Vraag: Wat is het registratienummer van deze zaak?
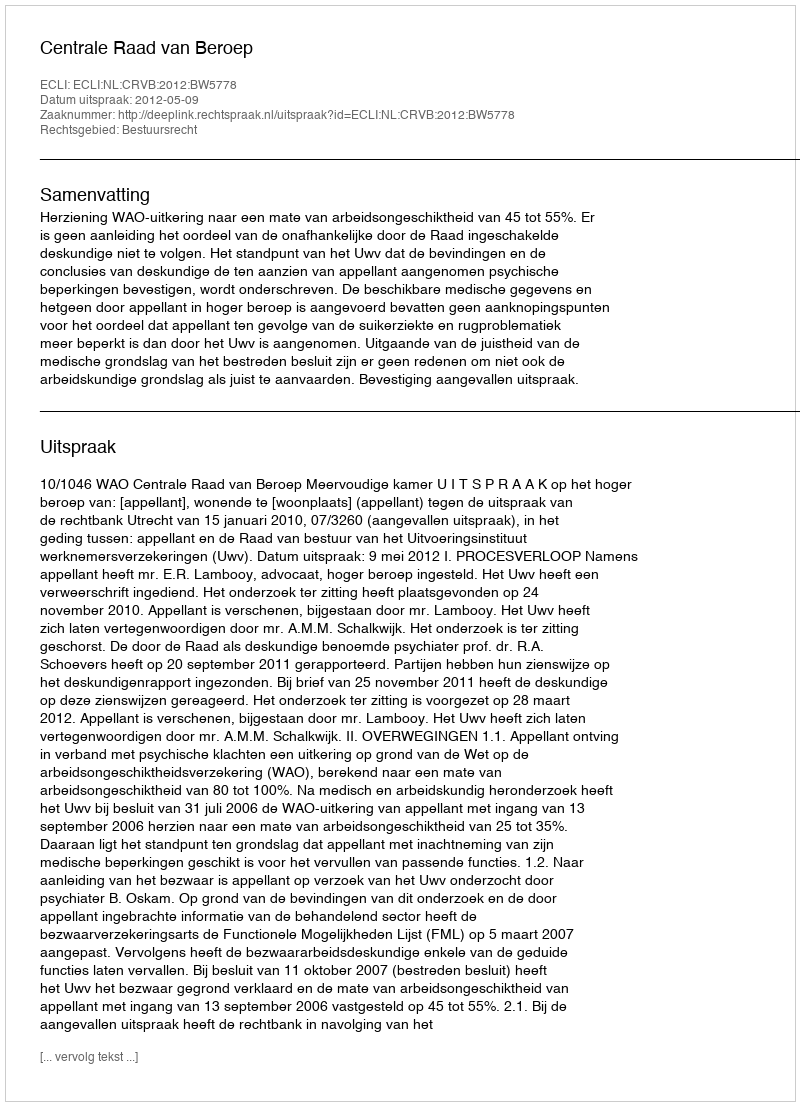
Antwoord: http://deeplink.rechtspraak.nl/uitspraak?id=ECLI:NL:CRVB:2012:BW5778